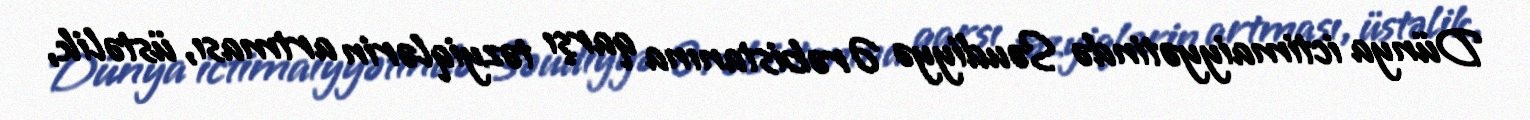
Dünya ictimaiyyətində Səudiyyə Ərəbistanına qarşı təzyiqlərin artması, üstəlik,